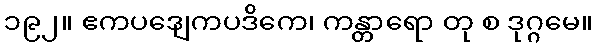
၁၉၂။ ဧကပဒျေကပဒိကေ၊ ကန္တာရော တု စ ဒုဂ္ဂမေ။